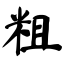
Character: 粗